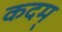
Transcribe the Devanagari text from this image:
कदम्